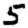
Digit: 5